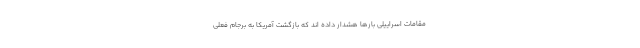
مقامات اسراییلی بارها هشدار داده اند که بازگشت آمریکا به برجام فعلی